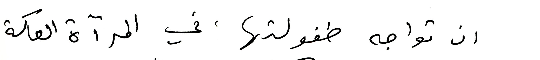
ان تواجه طفولتها، في المرآة العاكسة